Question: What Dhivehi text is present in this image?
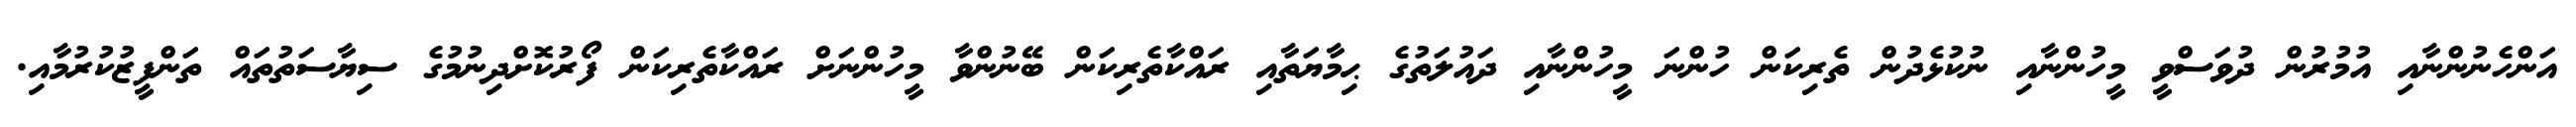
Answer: އަންހެނުންނާއި އުމުރުން ދުވަސްވީ މީހުންނާއި ނުކުޅެދުން ތެރިކަން ހުންނަ މީހުންނާއި ދައުލަތުގެ ޙިމާޔަތާއި ރައްކާތެރިކަން ބޭނުންވާ މީހުންނަށް ރައްކާތެރިކަން ފޯރުކޮށްދިނުމުގެ ސިޔާސަތުތައް ތަންފީޒުކުރުމާއި.